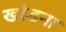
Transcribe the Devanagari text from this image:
खोडना